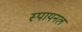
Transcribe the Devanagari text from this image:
स्पायनल